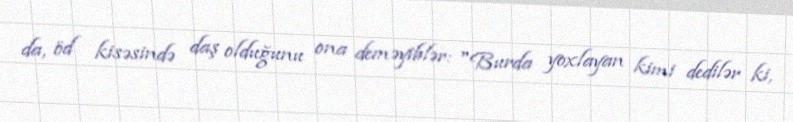
da, öd kisəsində daş olduğunu ona deməyiblər: "Burda yoxlayan kimi dedilər ki,